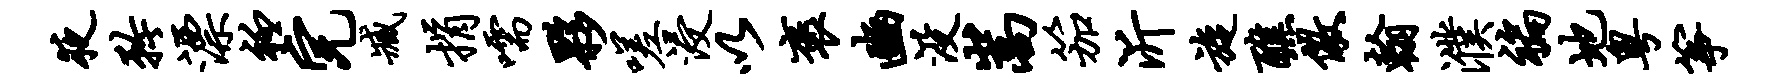
夜矜漂衽完臧捐嚅夥嗟浸以褒豳没嵩笳沂旋醮儆翰濮褊地粤筝